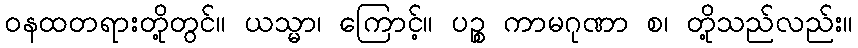
ဝနထတရားတို့တွင်။ ယသ္မာ၊ ကြောင့်။ ပဉ္စ ကာမဂုဏာ စ၊ တို့သည်လည်း။